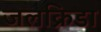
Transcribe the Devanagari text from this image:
जलक्रिडा